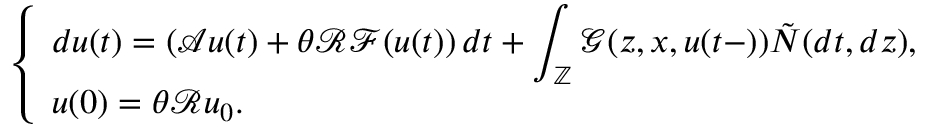
\left\{ \begin{array} { l l } { \displaystyle d u ( t ) = \left( \mathcal { A } u ( t ) + \theta \mathcal { R } \mathcal { F } ( u ( t ) \right) d t + \int _ { \mathbb { Z } } \mathcal { G } ( z , x , u ( t - ) ) \tilde { N } ( d t , d z ) , } \\ { u ( 0 ) = \theta \mathcal { R } u _ { 0 } . } \end{array} \right.